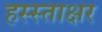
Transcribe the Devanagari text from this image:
हस्स्ताक्षर